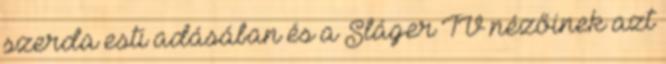
szerda esti adásában és a Sláger TV nézőinek azt